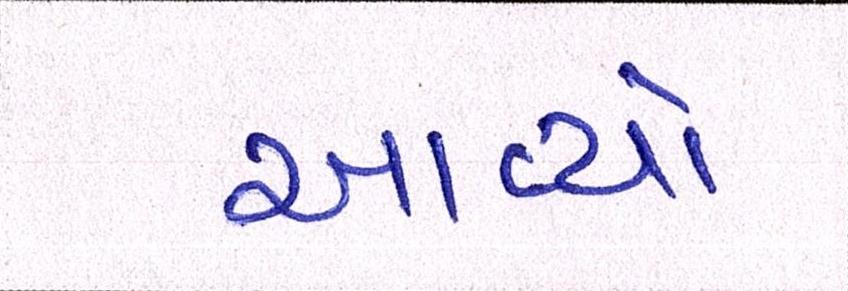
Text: આવ્યો